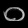
Digit: ၀